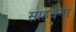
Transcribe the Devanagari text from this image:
साहवेना